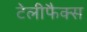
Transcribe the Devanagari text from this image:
टेलीफैक्स